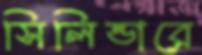
সিলিন্ডারে